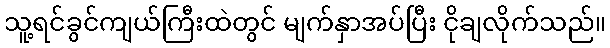
သူ့ရင်ခွင်ကျယ်ကြီးထဲတွင် မျက်နှာအပ်ပြီး ငိုချလိုက်သည်။